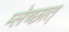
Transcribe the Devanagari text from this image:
म्लेच्छात्